Scientific memoirs by medical officers of the Army of India - Part III,
Year: 1887
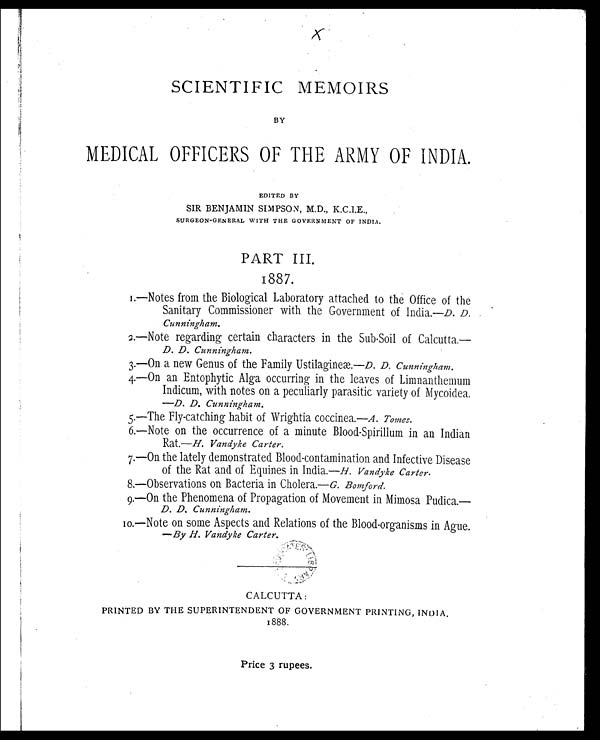
SCIENTIFIC MEMOIRS
BY
MEDICAL OFFICERS OF THE ARMY OF INDIA.
EDITED BY
SIR BENJAMIN SIMPSON, M.D., K.C.I.E.,
S SURGEON-GENERAL WITH THE GOVERNMENT OF INDIA.
PART III.
1887.
1.—Notes from the Biological Laboratory attached to the Office of the
Sanitary Commissioner with the Government of India.—D. D. .
Cunningham.
2.—Note regarding certain characters in the Sub-Soil of Calcutta.—
D. D. Cunningham.
3.—On a new Genus of the Family Ustilagineæ.—D. D. Cunningham.
4.—On an Entophytic Alga occurring in the leaves of Limnanthemum
Indicum, with notes on a peculiarly parasitic variety of Mycoidea.
—D. D. Cunningham.
5.—The Fly-catching habit of Wrightia coccinea.— A . Tomes.
6.—Note on the occurrence of a minute Blood-Spirillum in an Indian
Rat.—H. Vandyke Carter.
7.—On the lately demonstrated Blood-contamination and Infective Disease
of the Rat and of Equines in India.— H. Vandyke Carter.
8.—Observations on. Bacteria in Cholera.— G. Bomford.
9.—On the Phenomena of Propagation of Movement in Mimosa Pudica.—
D. D. Cunningham.
10.—Note on some Aspects and Relations of the Blood-organisms in Ague.
—By H. Vandyke Carter.
CALCUTTA:
PRINTED BY THE SUPERINTENDENT OF GOVERNMENT PRINTING, INDIA.
1888.
Price 3 rupees.